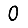
Digit: 0